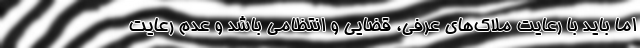
اما باید با رعایت ملاک‌های عرفی، قضایی و انتظامی باشد و عدم رعایت